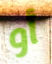
أو